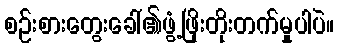
စဉ်းစားတွေးခေါ်၏ဖွံ့ဖြိုးတိုးတက်မှုပါပဲ။